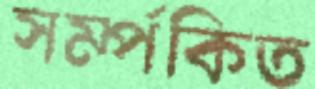
সর্ম্পকিত